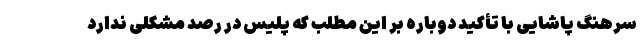
سرهنگ پاشایی با تأکید دوباره بر این مطلب که پلیس در رصد مشکلی ندارد